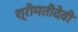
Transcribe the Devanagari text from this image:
श्रीमतीदेवी